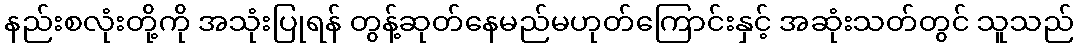
နည်းစလုံးတို့ကို အသုံးပြုရန် တွန့်ဆုတ်နေမည်မဟုတ်ကြောင်းနှင့် အဆုံးသတ်တွင် သူသည်